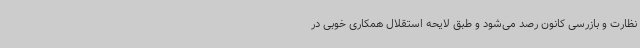
نظارت و بازرسی کانون رصد می‌شود و طبق لایحه استقلال همکاری خوبی در